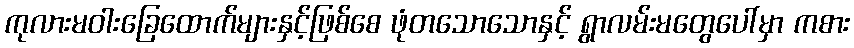
ကုလားမဝါးခြေထောက်များနှင့်ဖြစ်စေ ဖုံတသောသောနှင့် ရွာလမ်းမတွေပေါ်မှာ ကစား